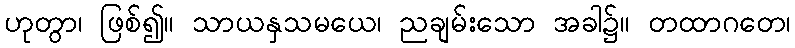
ဟုတွာ၊ ဖြစ်၍။ သာယနှသမယေ၊ ညချမ်းသော အခါ၌။ တထာဂတေ၊